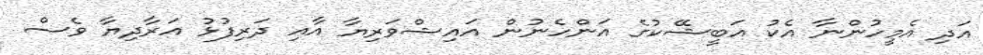
އަދި އެމީހުންނާ އެކު އަބީޝޭކުގެ އަންހެނުން އައިޝްވަރިޔާ އާއި ދަރިފުޅު އަރާދިޔާ ވެސް